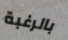
بالرغبة